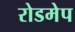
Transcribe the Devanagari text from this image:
रोडमेप